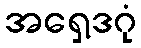
အရှေ့ဒဂုံ